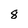
Character: 8